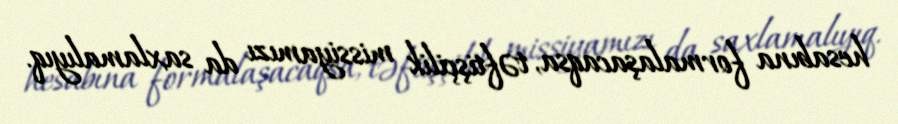
hesabına formalaşacaqsa, təftişçilik missiyamızı da saxlamalıyıq.